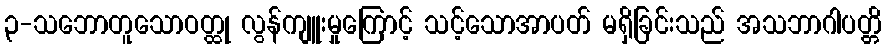
၃-သဘောတူသောဝတ္ထု လွန်ကျူးမှုကြောင့် သင့်သောအာပတ် မရှိခြင်းသည် အသဘာဂါပတ္တိ